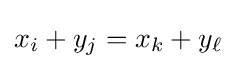
x_{i}+y_{j}=x_{k}+y_{\ell }